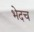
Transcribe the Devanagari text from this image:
भेदच